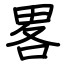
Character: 畧